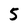
Character: 5